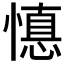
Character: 𱟇